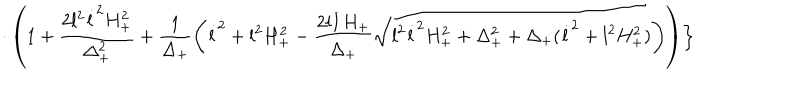
\cdot \left( 1 + \frac { 2 l ^ { 2 } \dot { l } ^ { 2 } H _ { + } ^ { 2 } } { \Delta _ { + } ^ { 2 } } + \frac { 1 } { \Delta _ { + } } \left( \dot { l } ^ { 2 } + l ^ { 2 } H _ { + } ^ { 2 } - \frac { 2 l \dot { l } H _ { + } } { \Delta _ { + } } \sqrt { l ^ { 2 } \dot { l } ^ { 2 } H _ { + } ^ { 2 } + \Delta _ { + } ^ { 2 } + \Delta _ { + } ( \dot { l } ^ { 2 } + l ^ { 2 } H _ { + } ^ { 2 } ) } \right) \right) \Bigr \}